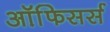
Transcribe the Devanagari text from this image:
ऑफि़सर्स